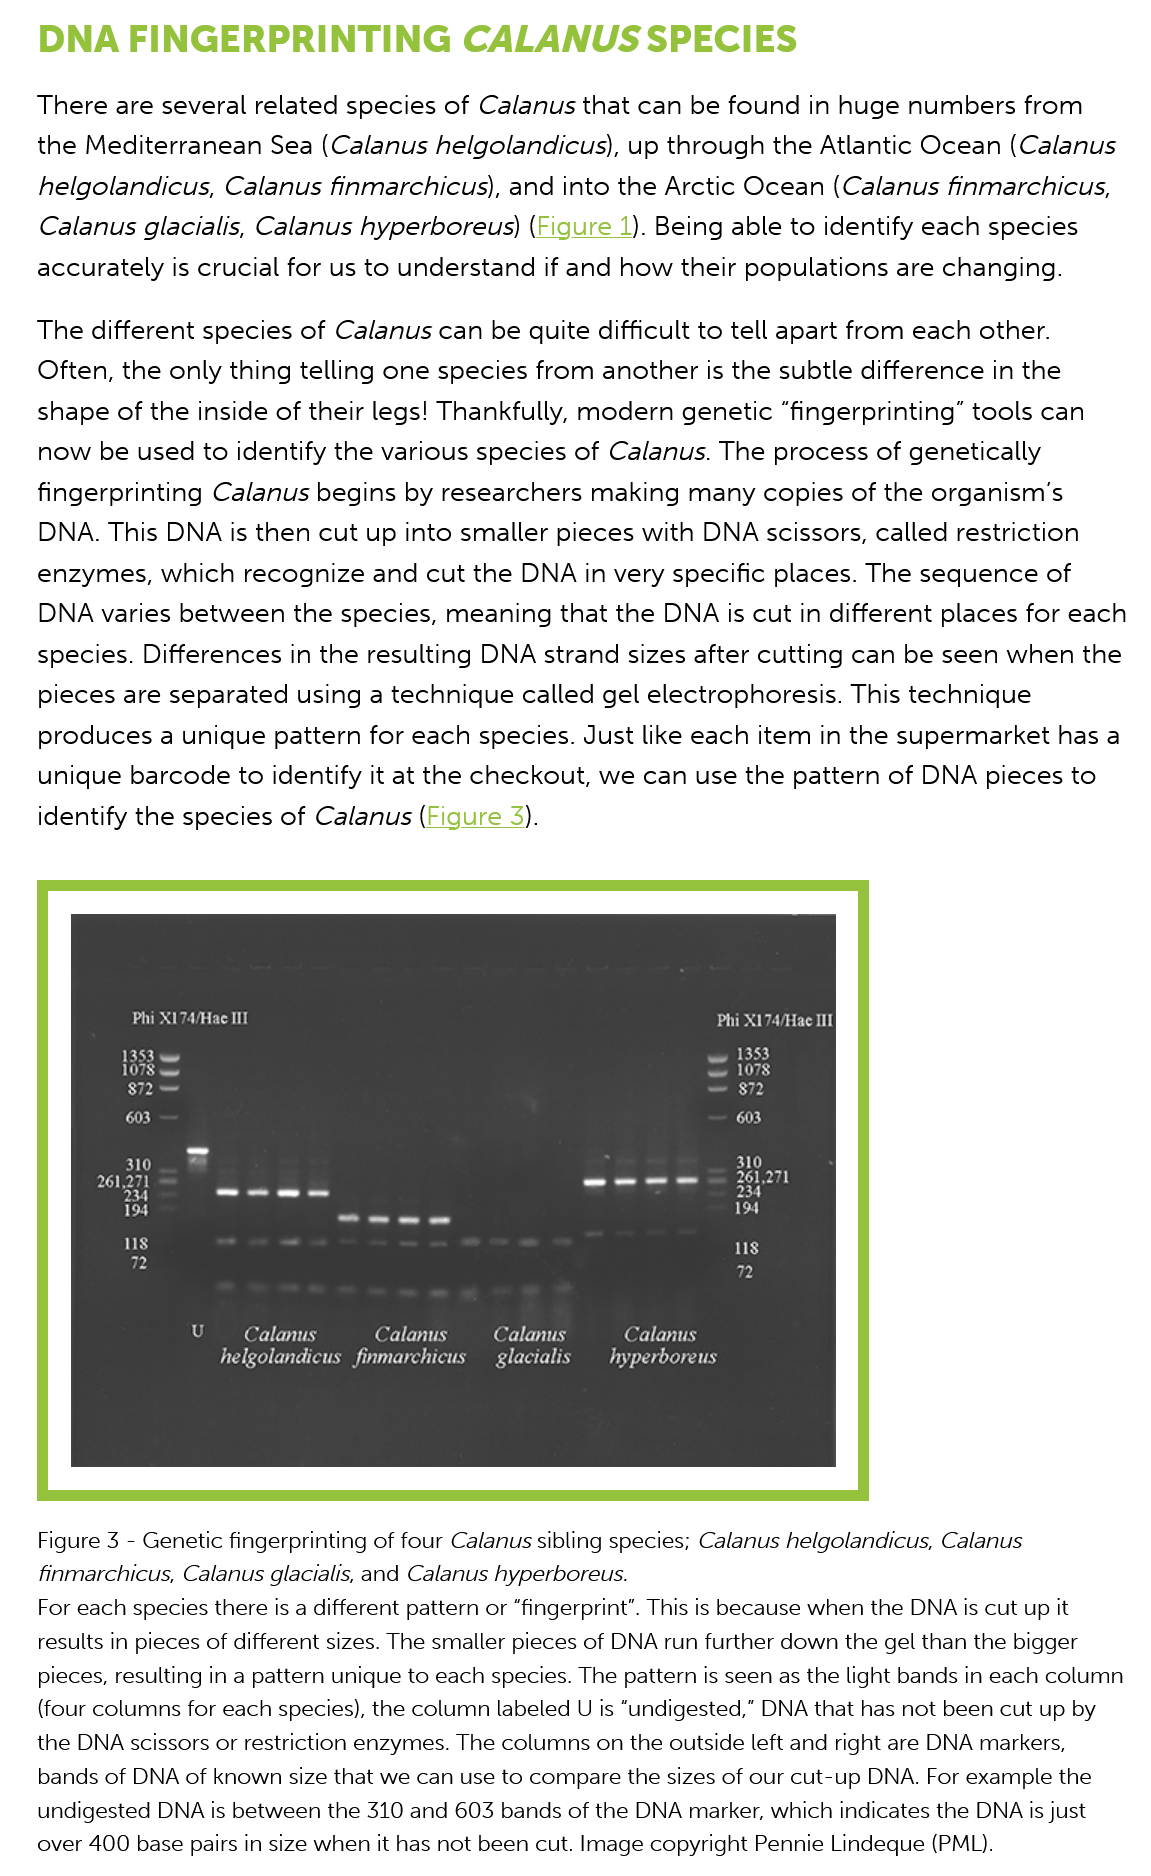
DNA    FINGERPRINTING    CALANUS    SPECIES
    There are several related species of Calanus that can be found in huge numbers   from
    the Mediterranean  Sea (Calanus helgolandicus), up through  the Atlantic Ocean  (Calanus
    helgolandicus, Calanus  finmarchicus), and into the Arctic Ocean (Calanus finmarchicus,
    Calanus glacialis, Calanus hyperboreus) (Figure 1). Being able to identify each species

    accurately is crucial for us to understand if and how their populations are changing.
    The different species of Calanus can be quite difficult to tell apart from each other.
    Often, the only thing telling one species from another is the subtle difference in the
    shape of the inside of their legs! Thankfully, modern genetic “fingerprinting” tools can
    now be  used to identify the various species of Calanus. The process of genetically
    fingerprinting Calanus begins by researchers making  many copies   of the organism's
    DNA. This DNA is  then cut up into smaller pieces with DNA scissors, called restriction
    enzymes,  which  recognize and  cut the DNA in very specific places. The sequence  of
    DNA varies between the   species, meaning  that the DNA is cut in different places for each
    species. Differences in the resulting DNA strand sizes after cutting can be seen when the
    pieces are separated using a technique called gel electrophoresis. This technique
    produces a  unique pattern for each species. Just like each item in the supermarket has a
    unique barcode to  identify it at the checkout, we can use the pattern of DNA pieces to
    identify the species of Calanus (Figure 3).
    Figure 3
     -
     Genetic fingerprinting of four Calanus sibling species; Calanus helgolandicus, Calanus
    finmarchicus, Calanus glacialis, and Calanus hyperboreus.
    For each species there is a different pattern or “fingerprint”. This is because when the DNA ts cut up It
    results in pieces of different sizes. The smaller pieces of DNA run further down the gel than the bigger
    pieces, resulting in a pattern unique to each species. The pattern is seen as the light bands in each column
    (four columns for each species), the column labeled
  U
     is  “undigested,” DNA that has not been cut up by
    the DNA scissors or restriction enzymes. The columns on the outside left and right are DNA markers,
    bands of DNA of known size that we can use to compare the sizes of our cut-up DNA. For example the
    undigested DNA is between the 310 and 603 bands of the DNA marker, which indicates the DNA is just
    over 400 base pairs in size when it has not been cut. Image copyright Pennie Lindeque (PML).
     Calanus
     Ud eee any
     (errr
     ROA
     (Ory
     Rarely
     Cord hy
     Ua agree aK
     SSBC UEC Cal LE
     ERE
     ies
     een
     C7 Ed
     603
     Phi X174/Hae IT
     1353
     1078
     IP)
     ik)
     310
     261,271
     =
     234
     ee
     ut
     72
     BY
     261,271
     a
     sty
     TE
     2